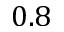
0 . 8